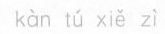
kàn tú xiě zì